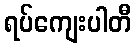
ရပ်ကျေးပါတီ